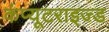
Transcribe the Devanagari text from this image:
कंप्यूटराइज्ड